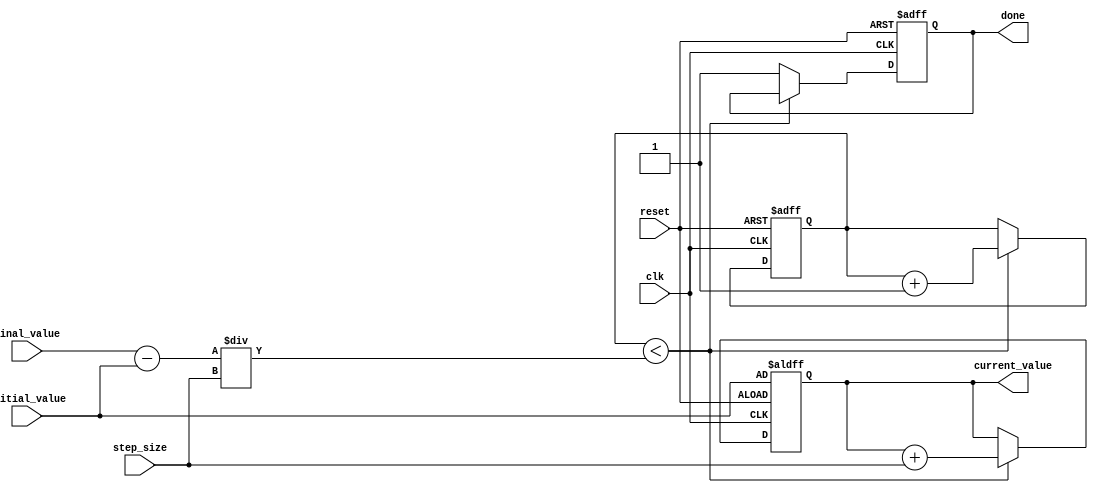
module increment_for_loop (
  input wire [31:0] initial_value,
  input wire [31:0] final_value,
  input wire [31:0] step_size,
  output reg [31:0] current_value,
  input wire clk,
  input wire reset,
  output reg done
);

reg [31:0] counter;

always @ (posedge clk or posedge reset) begin
  if (reset) begin
    counter <= 0;
    current_value <= initial_value;
    done <= 0;
  end
  else if (counter < ((final_value - initial_value) / step_size)) begin
    counter <= counter + 1;
    current_value <= current_value + step_size;
  end
  else begin
    done <= 1;
  end
end

endmodule